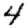
Digit: 4